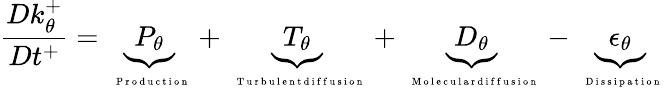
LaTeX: \frac{Dk_{\theta}^{+}}{Dt^{+}}=\underbrace{P_{\theta}}_{\mathrm{~\tiny~{~P~r~o~d~u~c~t~i~o~n~}~}}+\underbrace{T_{\theta}}_{\mathrm{~\tiny~{~T~u~r~b~u~l~e~n~t~d~i~f~f~u~s~i~o~n~}~}}+\underbrace{D_{\theta}}_{\mathrm{~\tiny~{~M~o~l~e~c~u~l~a~r~d~i~f~f~u~s~i~o~n~}~}}-\underbrace{\epsilon_{\theta}}_{\mathrm{~\tiny~{~D~i~s~s~i~p~a~t~i~o~n~}~}}